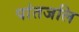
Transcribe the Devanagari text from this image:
पांतजलि